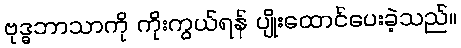
ဗုဒ္ဓဘာသာကို ကိုးကွယ်ရန် ပျိုးထောင်ပေးခဲ့သည်။